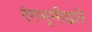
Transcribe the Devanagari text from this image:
रंगभूमीद्वारे